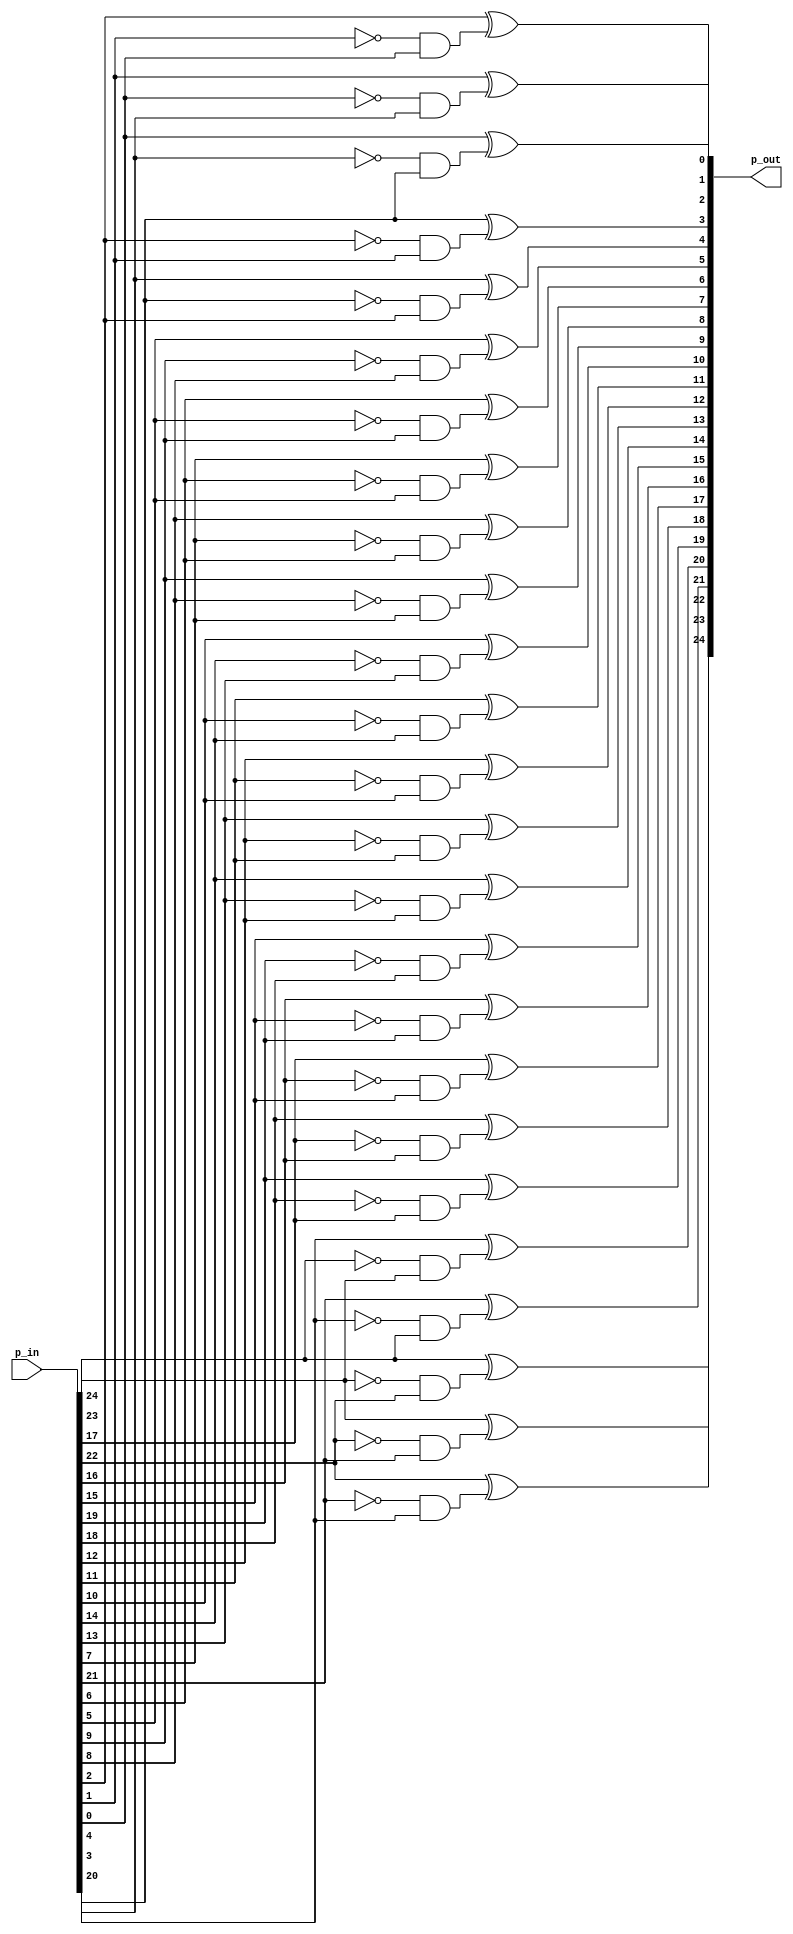
`timescale 1ns/1ns

module revaluate_func (
    p_in,
    p_out
);

    input [24:0] p_in;
    output [24:0] p_out;

    genvar i, j;
    generate 
        for(j = 4; j >= 0; j=j-1)
            for(i = 4; i >= 0; i=i-1)
                assign p_out[j*5+i] = p_in[i+5*j] ^ (!p_in[((5+i-1)%5)+j*5] && p_in[j*5+(5+i-2)%5]);
    endgenerate
    
endmodule